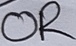
Text: OR